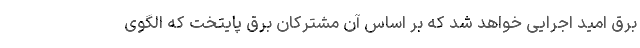
برق امید اجرایی خواهد شد که بر اساس آن مشترکان برق پایتخت که الگوی